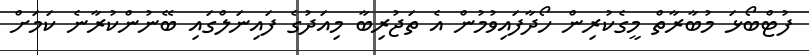
ފުޓްބޯޅަ މުބާރާތް މީގެކުރިން ހޯދާފައިވުމުން އެ ތަޖުރިބާ މިއަދުގެ ފައިނަލްގައި ބޭނުންކުރާނެ ކަމަށް